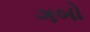
ગબો